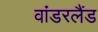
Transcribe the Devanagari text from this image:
वांडरलैंड